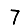
Digit: 7